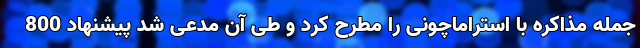
جمله مذاکره با استراماچونی را مطرح کرد و طی آن مدعی شد پیشنهاد 800